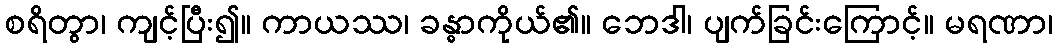
စရိတွာ၊ ကျင့်ပြီး၍။ ကာယဿ၊ ခန္ဓာကိုယ်၏။ ဘေဒါ၊ ပျက်ခြင်းကြောင့်။ မရဏာ၊